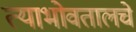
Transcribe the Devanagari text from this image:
त्याभोवतालचे